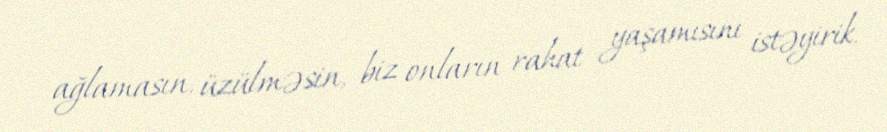
ağlamasın, üzülməsin, biz onların rahat yaşamısını istəyirik.